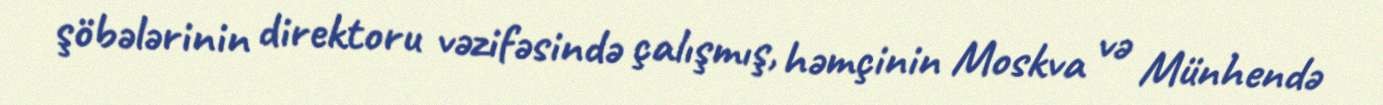
şöbələrinin direktoru vəzifəsində çalışmış, həmçinin Moskva və Münhendə